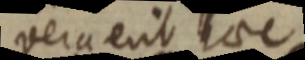
vera erit haec